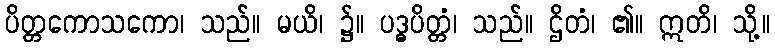
ပိတ္တကောသကော၊ သည်။ မယိ၊ ၌။ ပဒ္ဓပိတ္တံ၊ သည်။ ဌိတံ၊ ၏။ ဣတိ၊ သို့။